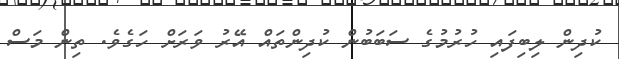
ކުދިން ލިބިފައި ހުރުމުގެ ސަބަބުން ކުދިންތައް އޭރު ވަރަށް ހަގެވެ. ތިން މަސް